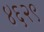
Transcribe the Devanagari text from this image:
४६२९